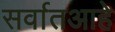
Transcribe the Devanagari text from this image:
सर्वातआहे